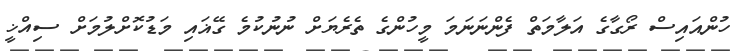
ހުންއައިސް ރޯގާގެ އަލާމަތް ފެންނަނަމަ މީހުންގެ ތެރެޔަށް ނުނުކުމެ ގޭޣައި މަޑުކޮށްލުމަށް ސިއްޚީ